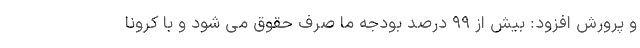
و پرورش افزود: بیش از ۹۹ درصد بودجه ما صرف حقوق می شود و با کرونا